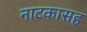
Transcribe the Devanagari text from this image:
नाटकासह